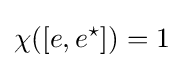
\chi ([e,e^{\star }])=1